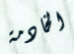
الخادمة